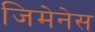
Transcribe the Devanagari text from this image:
जिमेनेस